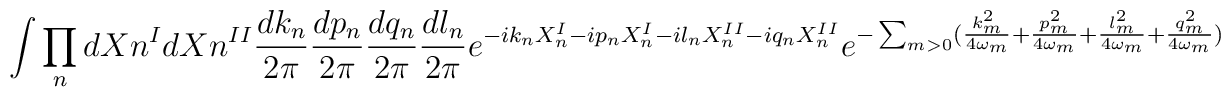
\int \prod _{n}dX{n}^{I} dX{n}^{II}  \frac{dk_{n}}{2\pi} \frac{dp_{n}}{2\pi}  \frac{dq_{n}}{2\pi}  \frac{dl_{n}}{2\pi}  e^{-ik_{n}X_{n}^{I}-ip_{n}X_{n}^{I}  -il_{n}X_{n}^{II}-iq_{n}X_{n}^{II}}  e^{-\sum_{m>0}(\frac{k_{m}^{2}}{4 \omega _{m}}+ \frac{p_{m}^{2}}{4 \omega _{m}} +  \frac{l_{m}^{2}}{4 \omega _{m}} +  \frac{q_{m}^{2}}{4 \omega _{m}})}